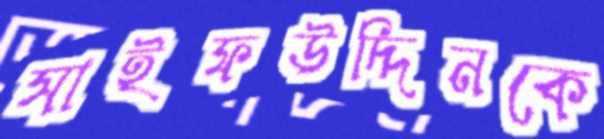
সাইফউদ্দিনকে